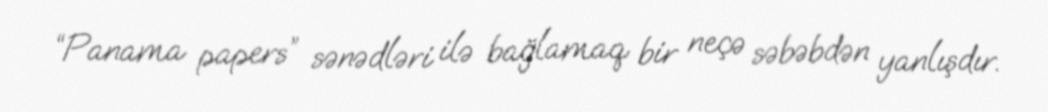
“Panama papers” sənədləri ilə bağlamaq bir neçə səbəbdən yanlışdır.